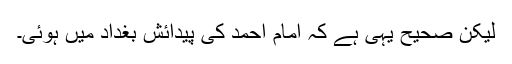
لیکن صحیح یہی ہے کہ امام احمد کی پیدائش بغداد میں ہوئی۔